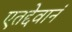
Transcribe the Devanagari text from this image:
एतद्देवानं